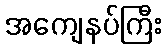
အကျေနပ်ကြီး